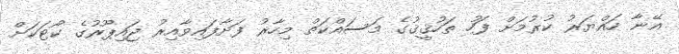
އޭނާ ހައްޔަރު ކުރުމަށް ފަހު ތަހުޤީޤުގެ މަސައްކަތް މިހާރު ފަށާފައިވާއިރު ޖައިޕޫރުގެ ކޯޓަކަށް